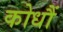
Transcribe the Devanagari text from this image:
कोधौं